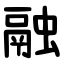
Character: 融